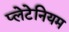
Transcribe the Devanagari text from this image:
प्लेटेनियम